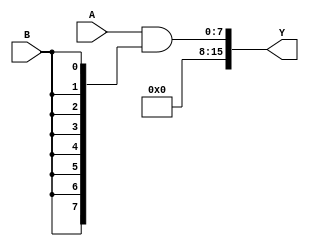
module and_mult #
	(
	parameter N=8
	)
	(
	input [N-1:0] A,
	input B,
	output [2*N-1:0] Y
	);

wire [N-1:0] B_pad, Y_8bit;
assign B_pad = {8{B}}; //making B same in no. of bits as A
assign Y_8bit = A&B_pad; 
assign Y = {{8{1'b0}},Y_8bit}; //padding with zeroes

endmodule